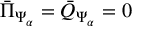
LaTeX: { \bar { \Pi } } _ { \Psi _ { \alpha } } = { \bar { Q } } _ { \Psi _ { \alpha } } = 0